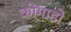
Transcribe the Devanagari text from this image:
कोमाहो